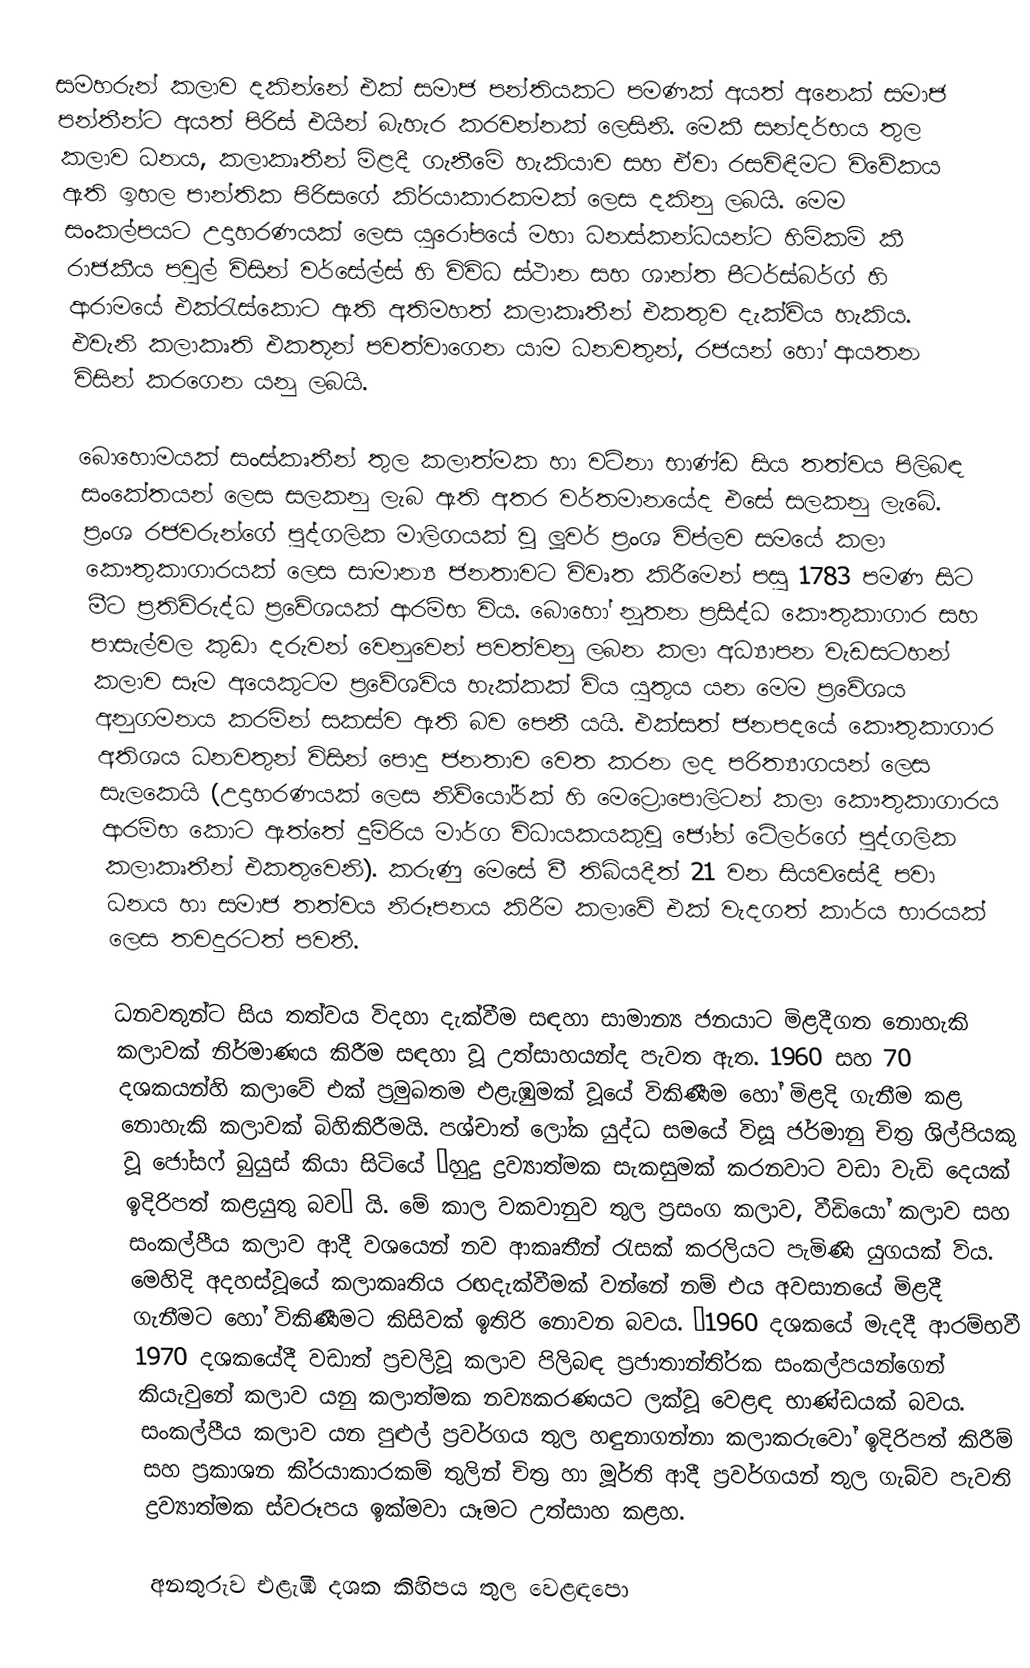
සමහරුන් කලාව දකින්නේ එක් සමාජ පන්තියකට පමණක් අයත් අනෙක් සමාජ පන්තීන්ට අයත් පිරිස් එයින් බැහැර කරවන්නක් ලෙසිනි. මෙකී සන්දර්භය තුල කලාව ධනය, කලාකෘතීන් මිළදී ගැනීමේ හැකියාව සහ ඒවා රසවිඳීමට විවේකය ඇති ඉහල පාන්තික පිරිසගේ කි‍්‍රයාකාරකමක් ලෙස දකිනු ලබයි. මෙම සංකල්පයට උදාහරණයක් ලෙස යුරෝපයේ මහා ධනස්කන්ධයන්ට හිමිකම් කී රාජකීය පවුල් විසින් වර්සේල්ස් හි විවිධ ස්ථාන සහ ශාන්ත පීටර්ස්බර්ග් හි ආරාමයේ එක්රැස්කොට ඇති අතිමහත් කලාකෘතීන් එකතුව දැක්විය හැකිය. එවැනි කලාකෘති එකතූන් පවත්වාගෙන යාම ධනවතුන්, රජයන් හෝ ආයතන විසින් කරගෙන යනු ලබයි.

බොහොමයක් සංස්කෘතීන් තුල කලාත්මක හා වටිනා භාණ්ඩ සිය තත්වය පිලිබඳ සංකේතයන් ලෙස සලකනු ලැබ ඇති අතර වර්තමානයේද එසේ සලකනු ලැබේ. ප‍්‍රංශ රජවරුන්ගේ පුද්ගලික මාලිගයක් වූ ලූවර් ප‍්‍රංශ විප්ලව සමයේ කලා කෞතුකාගාරයක් ලෙස සාමාන්‍ය ජනතාවට විවෘත කිරීමෙන් පසු 1783 පමණ සිට මීට ප‍්‍රතිවිරුද්ධ ප‍්‍රවේශයක් ආරම්භ විය. බොහෝ නූතන ප‍්‍රසිද්ධ කෞතුකාගාර සහ පාසැල්වල කුඩා දරුවන් වෙනුවෙන් පවත්වනු ලබන කලා අධ්‍යාපන වැඩසටහන් කලාව සෑම අයෙකුටම ප‍්‍රවේශවිය හැක්කක් විය යුතුය යන මෙම ප‍්‍රවේශය අනුගමනය කරමින් සකස්ව ඇති බව පෙනී යයි. එක්සත් ජනපදයේ කෞතුකාගාර අතිශය ධනවතුන් විසින් පොදු ජනතාව වෙත කරන ලද පරිත්‍යාගයන් ලෙස සැලකෙයි (උදාහරණයක් ලෙස නිව්යෝර්ක් හි මෙට්‍රොපොලිටන් කලා කෞතුකාගාරය ආරම්භ කොට ඇත්තේ දුම්රිය මාර්ග විධායකයකුවූ ජෝන් ටේලර්ගේ පුද්ගලික කලාකෘතීන් එකතුවෙනි). කරුණු මෙසේ වී තිබියදීත් 21 වන සියවසේදී පවා ධනය හා සමාජ තත්වය නිරූපනය කිරීම කලාවේ එක් වැදගත් කාර්ය භාරයක් ලෙස තවදුරටත් පවතී.

ධනවතුන්ට සිය තත්වය විදහා දැක්වීම සඳහා සාමාන්‍ය ජනයාට මිළදීගත නොහැකි කලාවක් නිර්මාණය කිරීම සඳහා වූ උත්සාහයන්ද පැවත ඇත. 1960 සහ 70 දශකයන්හි කලාවේ එක් ප‍්‍රමුඛතම එළැඹුමක් වූයේ විකිණීම හෝ මිළදි ගැනීම කළ නොහැකි කලාවක් බිහිකිරීමයි. පශ්චාත් ලෝක යුද්ධ සමයේ විසූ ජර්මානු චිත‍්‍ර ශිල්පියකු වූ ජෝසෆ් බුයුස් කියා සිටියේ ‘හුදු ද්‍රව්‍යාත්මක සැකසුමක් කරනවාට වඩා වැඩි දෙයක් ඉදිරිපත් කළයුතු බව’ යි. මේ කාල වකවානුව තුල ප‍්‍රසංග කලාව, වීඩියෝ කලාව සහ සංකල්පීය කලාව ආදී වශයෙන් නව ආකෘතීන් රැසක් කරලියට පැමිණි යුගයක් විය. මෙහිදි අදහස්වූයේ කලාකෘතිය රඟදැක්වීමක් වන්නේ නම් එය අවසානයේ මිළදී ගැනීමට හෝ විකිණීමට කිසිවක් ඉතිරි නොවන බවය. ‘1960 දශකයේ මැදදී ආරම්භවී 1970 දශකයේදී වඩාත් ප‍්‍රචලිවූ කලාව පිලිබඳ ප‍්‍රජාතාන්ති‍්‍රක සංකල්පයන්ගෙන් කියැවුනේ කලාව යනු කලාත්මක නව්‍යකරණයට ලක්වූ වෙළඳ භාණ්ඩයක් බවය. සංකල්පීය කලාව යන පුළුල් ප‍්‍රවර්ගය තුල හඳුනාගන්නා කලාකරුවෝ ඉදිරිපත් කිරීම් සහ ප‍්‍රකාශන කි‍්‍රයාකාරකම් තුලින් චිත‍්‍ර හා මූර්ති ආදී ප‍්‍රවර්ගයන් තුල ගැබ්ව පැවති ද්‍රව්‍යාත්මක ස්වරූපය ඉක්මවා යෑමට උත්සාහ කළහ.

අනතුරුව එළැඹි දශක කිහිපය තුල වෙළඳපො